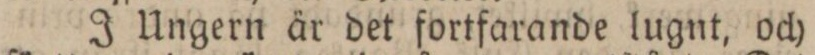
J Ungern är det fortfarande lugnt, och